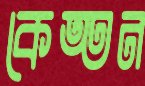
কেত্তন